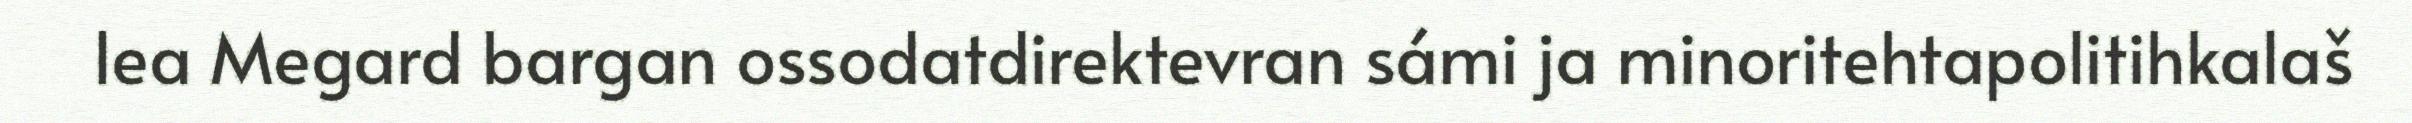
lea Megard bargan ossodatdirektevran sámi ja minoritehtapolitihkalaš